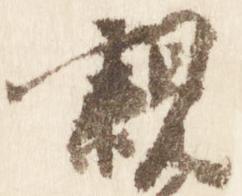
親